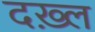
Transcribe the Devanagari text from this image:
दख़्ल